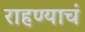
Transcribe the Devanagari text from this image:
राहण्याचं